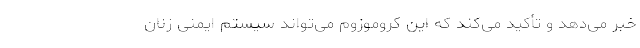
خبر می‌دهد و تأکید می‌کند که این کروموزوم می‌تواند سیستم ایمنی زنان